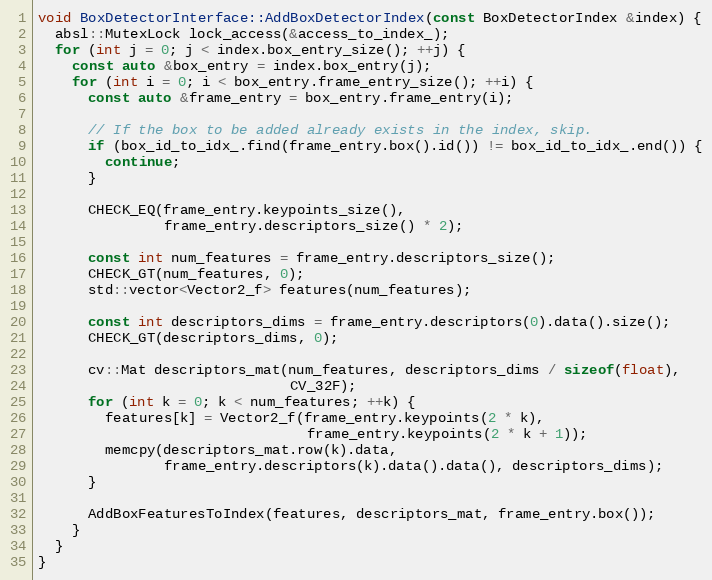
Language: C++
void BoxDetectorInterface::AddBoxDetectorIndex(const BoxDetectorIndex &index) {
  absl::MutexLock lock_access(&access_to_index_);
  for (int j = 0; j < index.box_entry_size(); ++j) {
    const auto &box_entry = index.box_entry(j);
    for (int i = 0; i < box_entry.frame_entry_size(); ++i) {
      const auto &frame_entry = box_entry.frame_entry(i);

      // If the box to be added already exists in the index, skip.
      if (box_id_to_idx_.find(frame_entry.box().id()) != box_id_to_idx_.end()) {
        continue;
      }

      CHECK_EQ(frame_entry.keypoints_size(),
               frame_entry.descriptors_size() * 2);

      const int num_features = frame_entry.descriptors_size();
      CHECK_GT(num_features, 0);
      std::vector<Vector2_f> features(num_features);

      const int descriptors_dims = frame_entry.descriptors(0).data().size();
      CHECK_GT(descriptors_dims, 0);

      cv::Mat descriptors_mat(num_features, descriptors_dims / sizeof(float),
                              CV_32F);
      for (int k = 0; k < num_features; ++k) {
        features[k] = Vector2_f(frame_entry.keypoints(2 * k),
                                frame_entry.keypoints(2 * k + 1));
        memcpy(descriptors_mat.row(k).data,
               frame_entry.descriptors(k).data().data(), descriptors_dims);
      }

      AddBoxFeaturesToIndex(features, descriptors_mat, frame_entry.box());
    }
  }
}